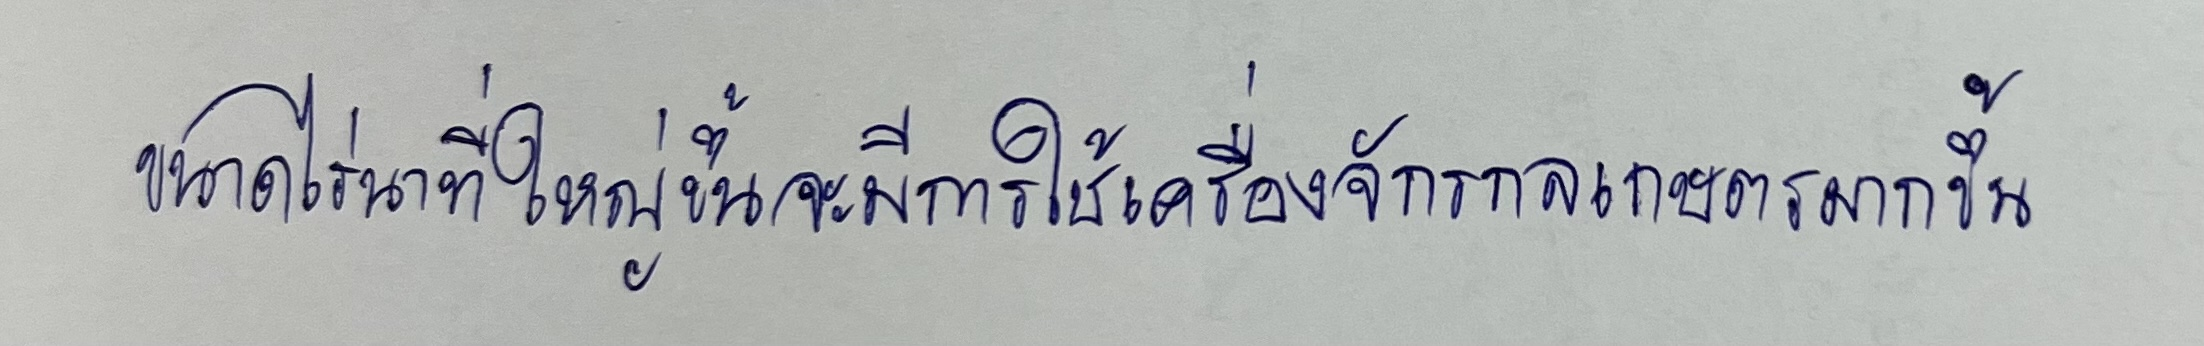
ขนาดไร่นาที่ใหญ่ขึ้นจะมีการใช้เครื่องจักรกลเกษตรมากขึ้น